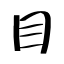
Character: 目